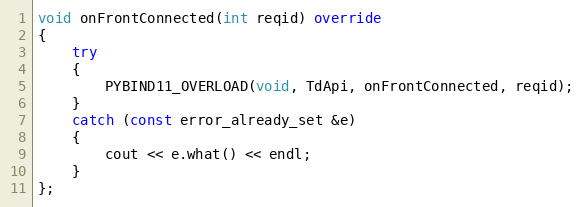
Language: C++
void onFrontConnected(int reqid) override
{
	try
	{
		PYBIND11_OVERLOAD(void, TdApi, onFrontConnected, reqid);
	}
	catch (const error_already_set &e)
	{
		cout << e.what() << endl;
	}
};